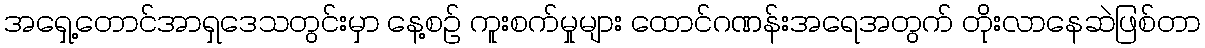
အရှေ့တောင်အာရှဒေသတွင်းမှာ နေ့စဥ် ကူးစက်မှုများ ထောင်ဂဏန်းအရေအတွက် တိုးလာနေဆဲဖြစ်တာ